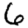
Digit: 6